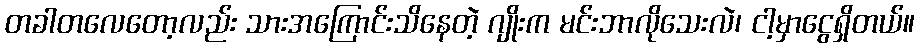
တခါတလေတော့လည်း သားအကြောင်းသိနေတဲ့ ဂျိုးက မင်းဘာလိုသေးလဲ၊ ငါ့မှာငွေရှိတယ်။